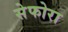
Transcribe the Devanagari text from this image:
सेफोरा